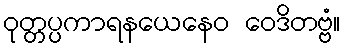
ဝုတ္တပ္ပကာရနယေနေဝ ဝေဒိတဗ္ဗံ။